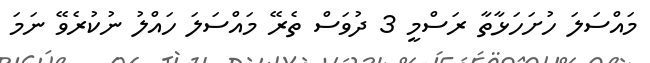
މައްސަލަ ހުށަހަޅާތާ ރަސްމީ 3 ދުވަސް ތެރޭ މައްސަލަ ހައްލު ނުކުރެވޭ ނަމަ